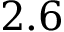
2 . 6